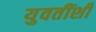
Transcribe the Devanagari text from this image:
युवतींशी